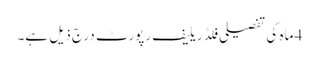
4 ماہ کی تفصیلی فلڈ ریلیف رپورٹ درج ذیل ہے۔